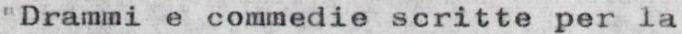
"Drammi e commedie scritte per la